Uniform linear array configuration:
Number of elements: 12
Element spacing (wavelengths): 0.75
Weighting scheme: hamming
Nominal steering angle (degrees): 60
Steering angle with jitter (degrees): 59.763
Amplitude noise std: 0.05
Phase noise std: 0.05

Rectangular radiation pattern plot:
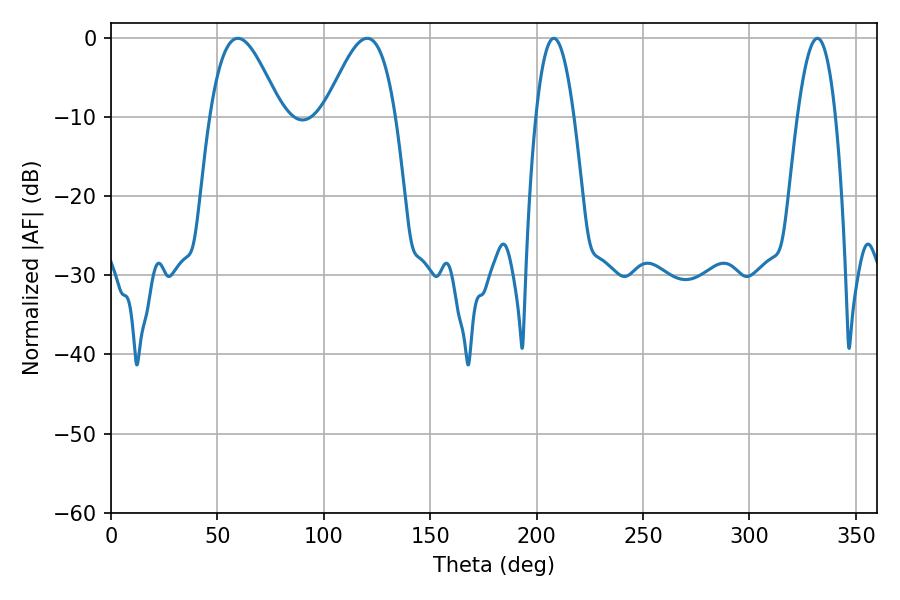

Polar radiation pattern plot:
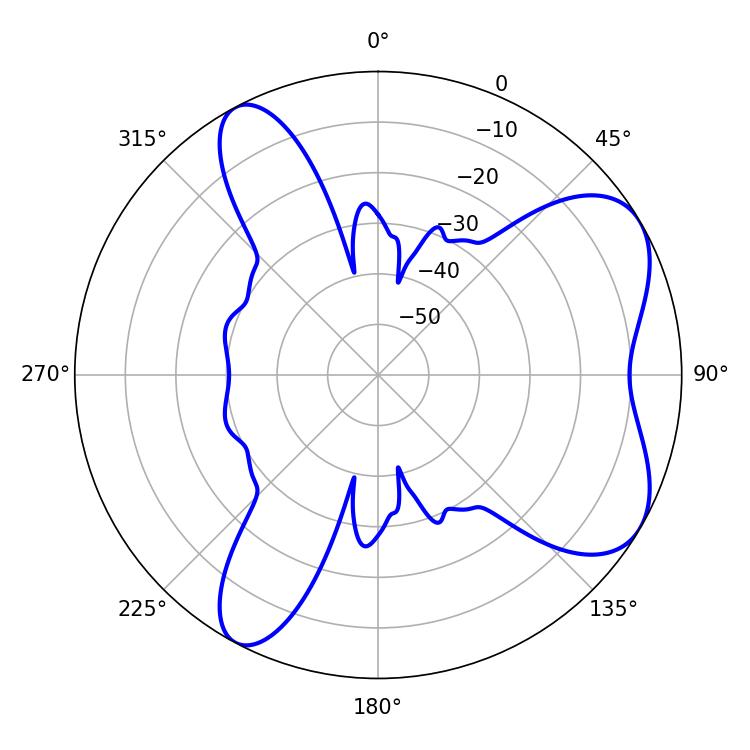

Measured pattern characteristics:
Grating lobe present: TRUE
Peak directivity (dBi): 6.485
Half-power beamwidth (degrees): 9.9
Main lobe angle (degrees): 208.08